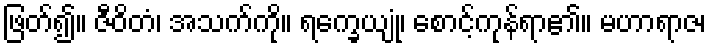
ဖြတ်၍။ ဇီဝိတံ၊ အသက်ကို။ ရက္ခေယျုံ၊ စောင့်ကုန်ရာ၏။ မဟာရာဇ၊